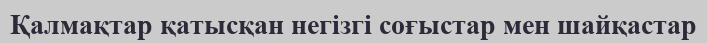
Қалмақтар қатысқан негізгі соғыстар мен шайқастар